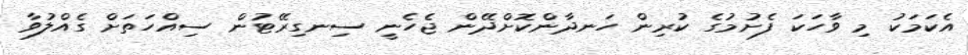
އެކަމަކު މި ވާހަކަ ފެށުމުގެ ކުރިން ހަނދާންކޮށްދޭން ޖެހެނީ ސިނގިރޭޓުން ސިއްހަތަށް ގެއްލުވާ